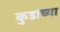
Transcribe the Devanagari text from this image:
कुडाच्या